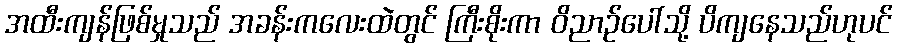
အထီးကျန်ဖြစ်မှုသည် အခန်းကလေးထဲတွင် ကြီးစိုးကာ ဝိညာဉ်ပေါ်သို့ ပိကျနေသည်ဟုပင်